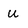
Character: u